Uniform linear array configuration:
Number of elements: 24
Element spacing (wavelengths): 0.5
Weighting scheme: cosine
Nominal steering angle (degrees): -45
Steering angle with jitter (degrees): -45.324
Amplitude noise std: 0.05
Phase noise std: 0.05

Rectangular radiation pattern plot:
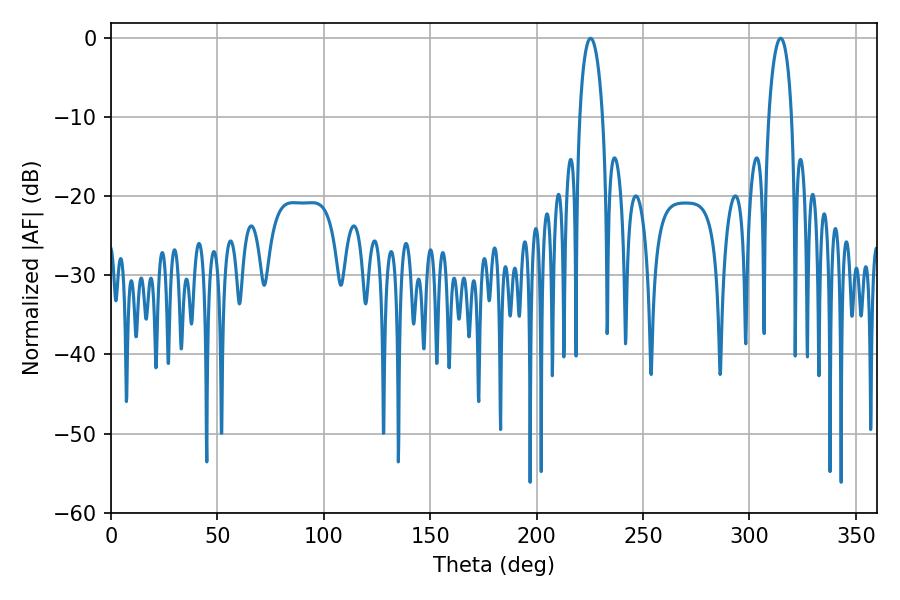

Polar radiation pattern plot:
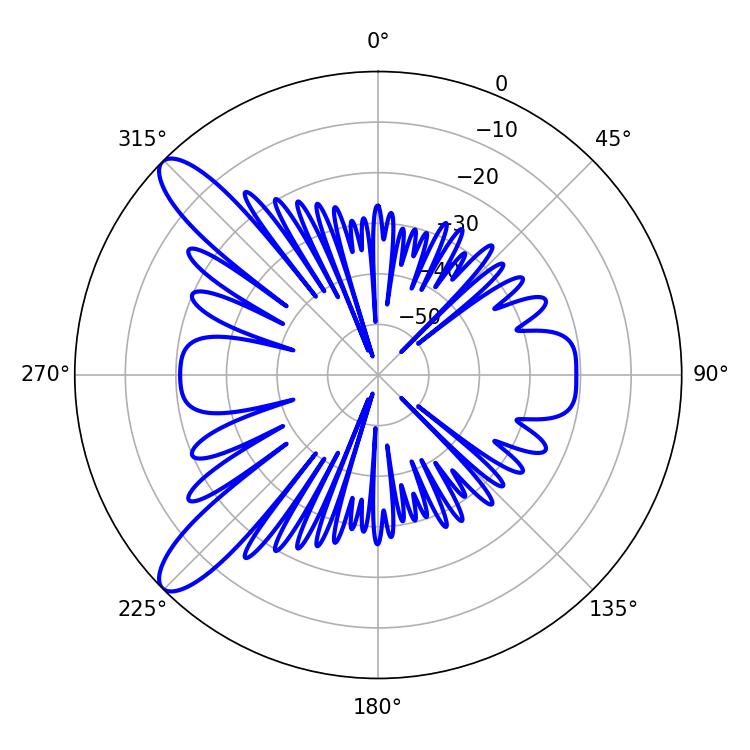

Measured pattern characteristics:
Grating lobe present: FALSE
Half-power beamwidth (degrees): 6.3
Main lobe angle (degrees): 225.36